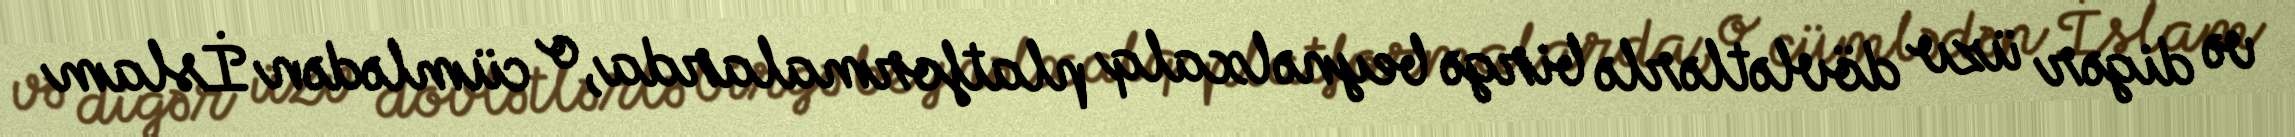
və digər üzv dövlətlərlə birgə beynəlxalq platformalarda, o cümlədən İslam